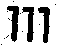
111